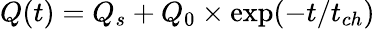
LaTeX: Q(t)=Q_{s}+Q_{0}\times\exp(-t/t_{ch})